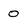
Character: 0